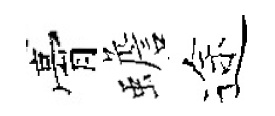
膏蟾途